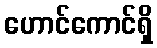
ဟောင်ကောင်ရှိ